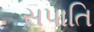
સપાતિ